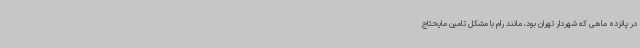
در پانزده ماهی که شهردار تهران بود، مانند رام با مشکل تامین مایحتاج